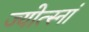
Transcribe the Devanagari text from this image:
ज्योत्स्नां